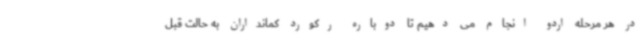
در هر مرحله اردو انجام می دهیم تا دوباره رکورد کمانداران به حالت قبل